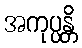
အကုပ္ပန္တိ